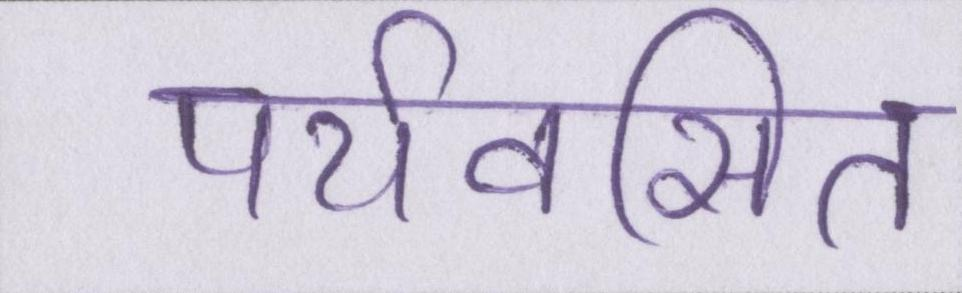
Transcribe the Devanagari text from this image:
पर्यवसित